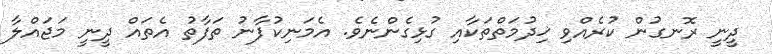
ދީނީ ރޮނގުން ކުރެއްވި ޚިދުމަތްތަކާއި ގުޅިގެންނެވެ. އެމަނިކުފާނު ތަފާތު އެތައް ދީނީ މަޖައްލާ